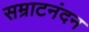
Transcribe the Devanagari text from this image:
सम्राटनंदन